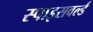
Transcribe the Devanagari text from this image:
स्पाइसवर्ल्ड